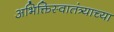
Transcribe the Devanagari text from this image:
अभिक्तिस्वातंत्र्याच्या